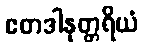
ဧတဒါနုတ္တရိယံ